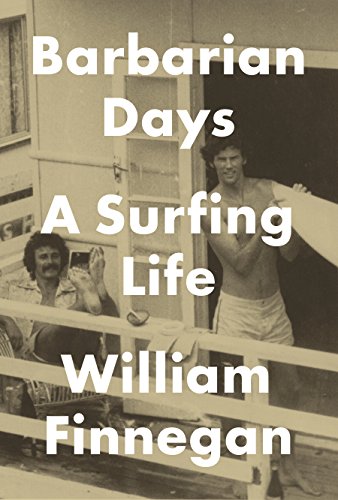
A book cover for Barbarian Days: A Surfing Life; William Finnegan; Biographies & Memoirs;